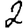
Digit: 2